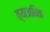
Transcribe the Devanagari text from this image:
त्याअधिक